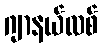
ဂျာနယ်လစ်